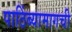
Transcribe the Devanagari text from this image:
पाठिंब्यामागची